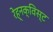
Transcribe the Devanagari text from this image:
रेह्नक्विस्ट